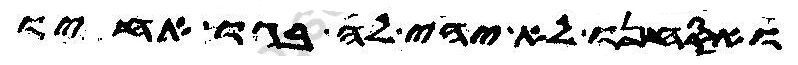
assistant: ואסחנו לא יהי לה בגו אחיו